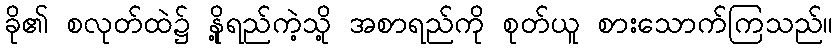
ခို၏ စလုတ်ထဲ၌ နို့ရည်ကဲ့သို့ အစာရည်ကို စုတ်ယူ စားသောက်ကြသည်။